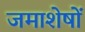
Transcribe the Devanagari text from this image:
जमाशेषों